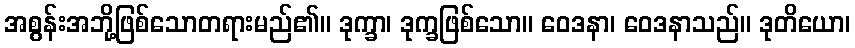
အစွန်းအဘို့ဖြစ်သောတရားမည်၏။ ဒုက္ခာ၊ ဒုက္ခဖြစ်သော။ ဝေဒနာ၊ ဝေဒနာသည်။ ဒုတိယော၊